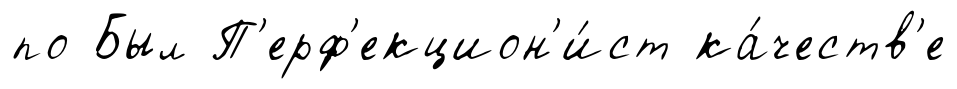
по Был П'ерф'екцион'и́ст ка́честв'е